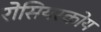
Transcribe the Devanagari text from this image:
रोसियस्कोय